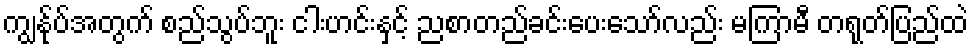
ကျွန်ုပ်အတွက် စည်သွပ်ဘူး ငါးဟင်းနှင့် ညစာတည်ခင်းပေးသော်လည်း မကြာမီ တရုတ်ပြည်ထဲ